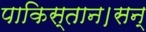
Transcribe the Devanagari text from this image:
पाकिस्तान।सन्